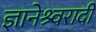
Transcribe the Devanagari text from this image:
ज्ञानेश्र्वरादी